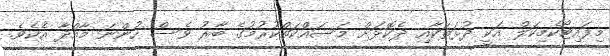
މިފައިޓޯކެމިކަލް އަކީ ދުޅަތަކާއި ދެކޮޅަށް މަސައްކަތްކުރުމުގެ ބާރު ވެސް ހުންނަ މާއްދާ އެކެވެ.